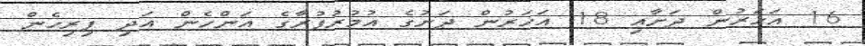
16 އަހަރުން ދަށާއި 18 އަހަރުން ދަށުގެ އުމުރުފުރާގެ އަންހެން އަދި ފިރިހެން